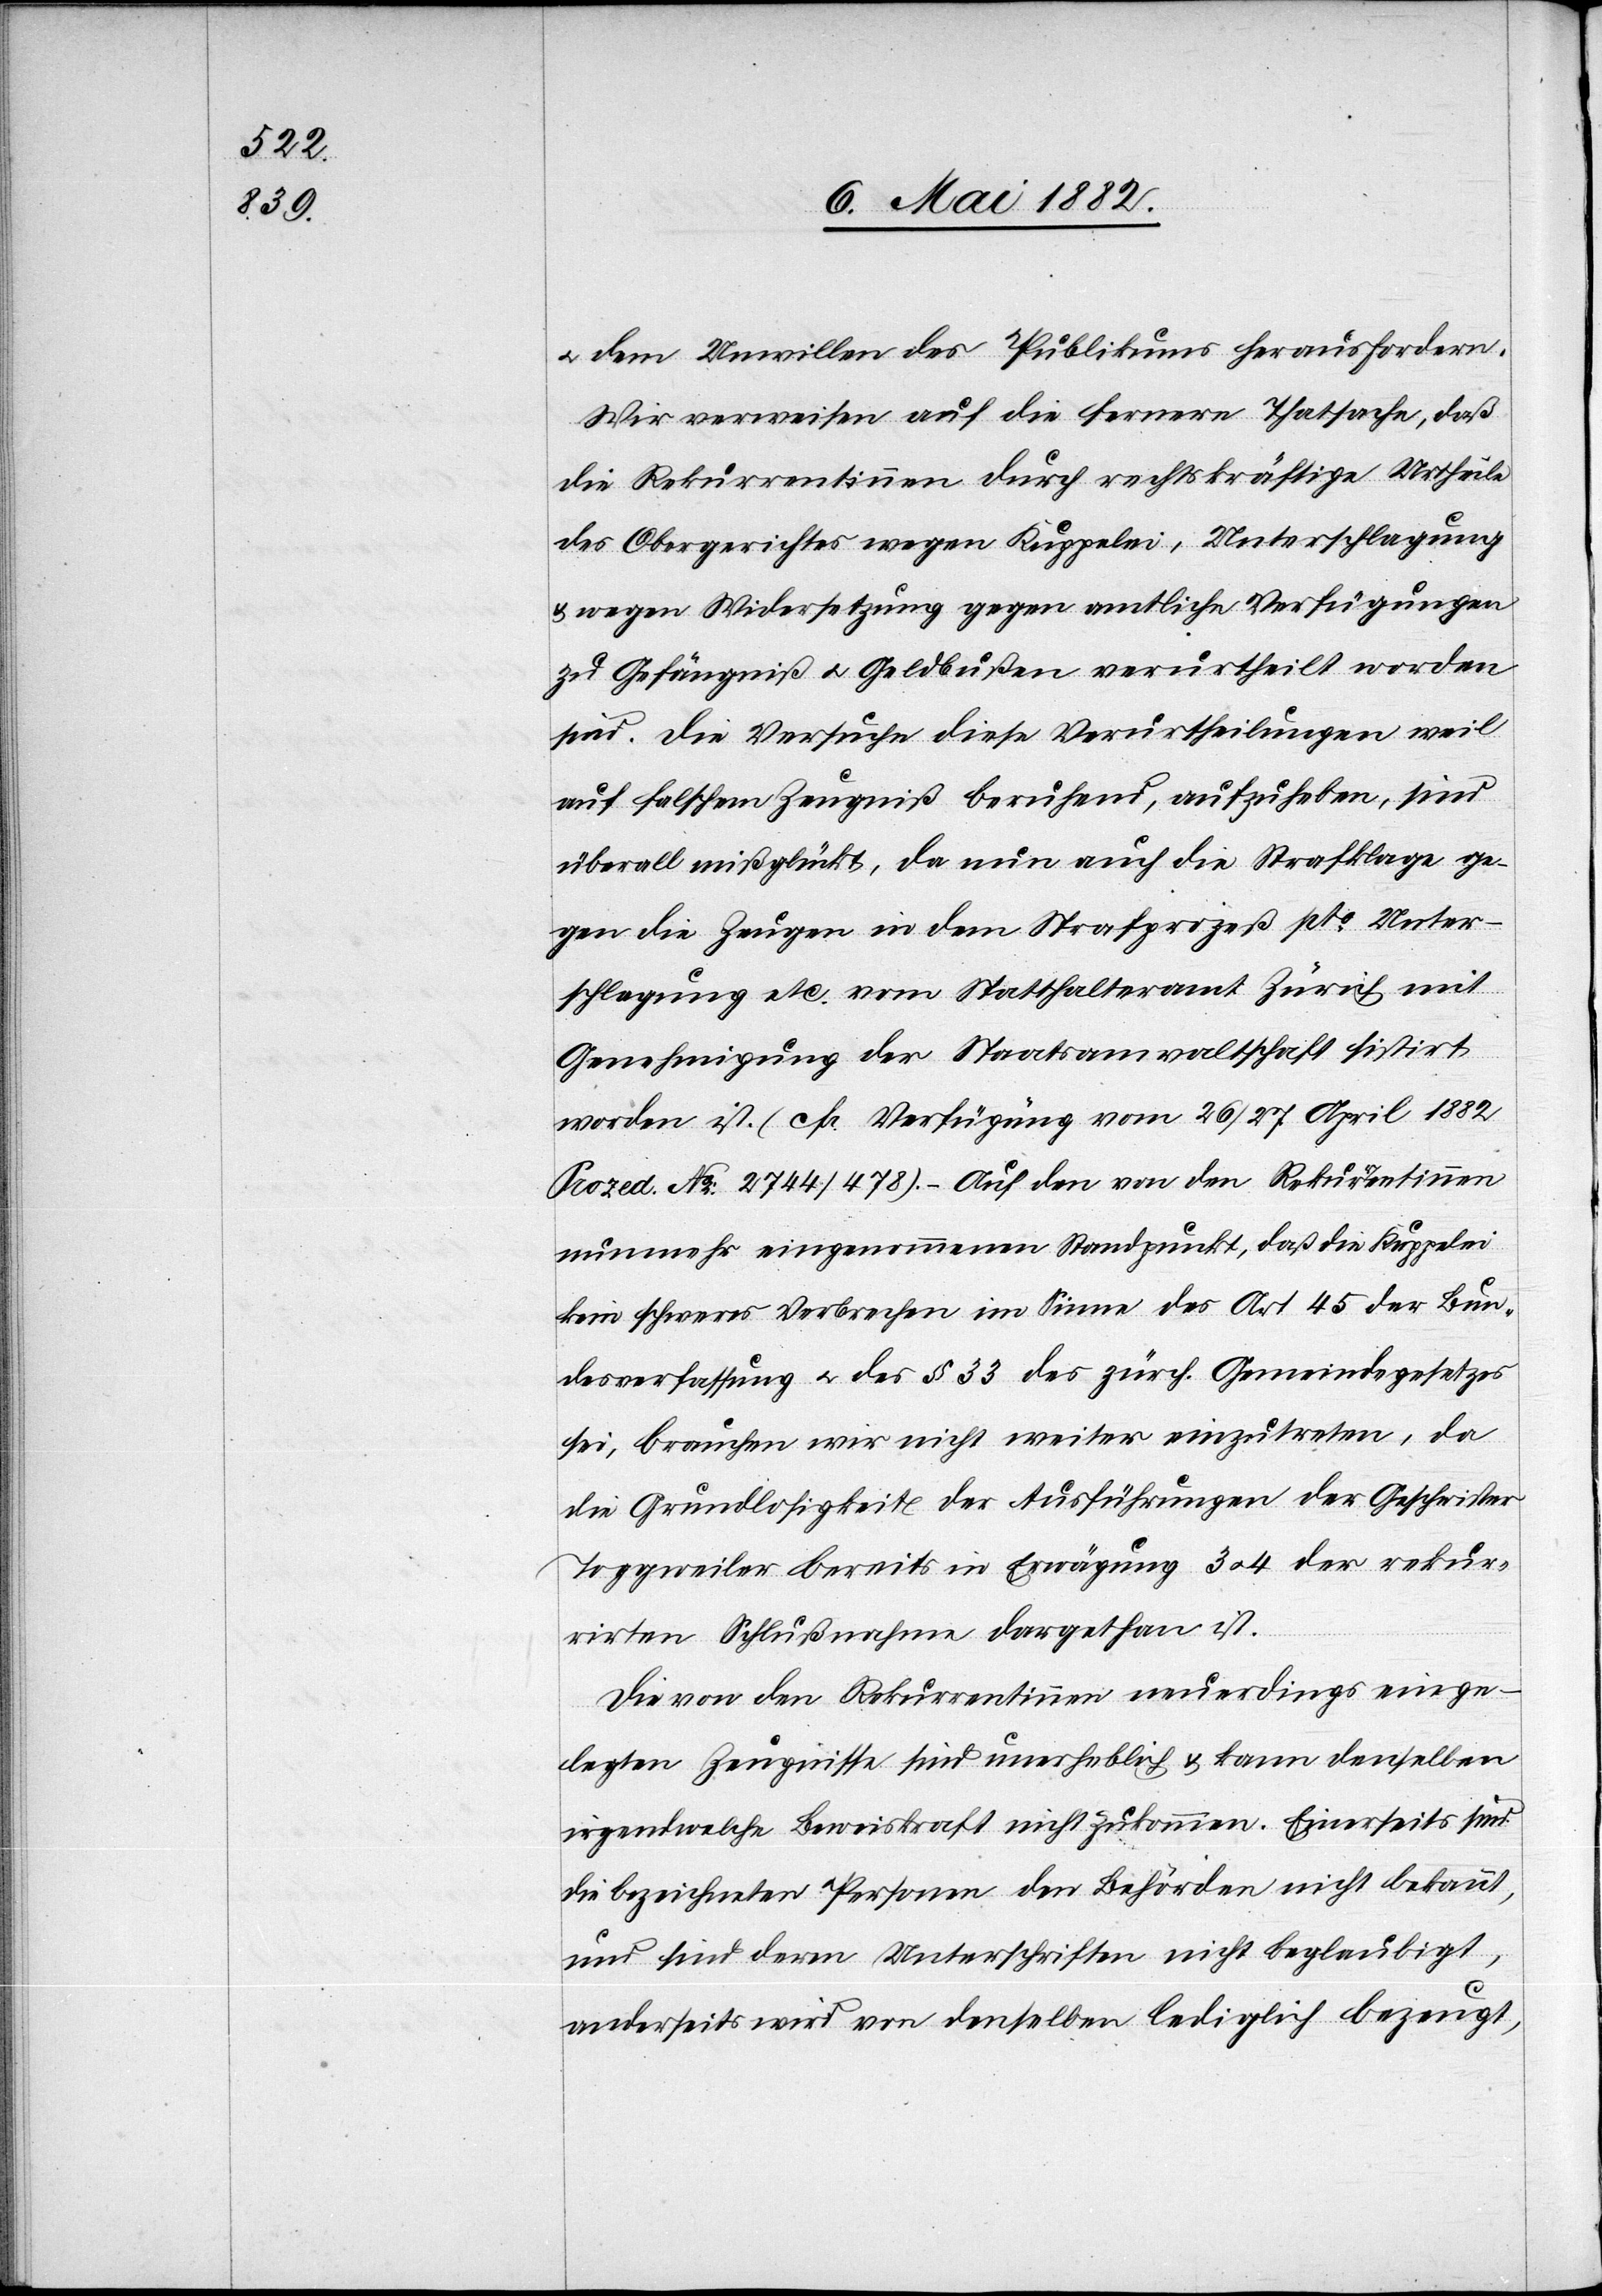
u. dem [sic!] Unwillen des Publikums herausfordern.
Wir verweisen auf die fernere Thatsache, daß
die Rekurrentinnen durch rechtskräftige Urtheile
des Obergerichtes wegen Kuppelei, Unterschlagung
& wegen Widersetzung gegen amtliche Verfügungen
zu Gefängniß u. Geldbußen verurtheilt worden
sind. Die Versuche diese Verurtheilungen weil
auf falschem Zeugniß beruhend, aufzuheben, sind
überall mißglückt, da nun auch die Strafklage ge¬
gen die Zeugen in dem Strafprozeß pto Unter¬
schlagung etc. vom Statthalteramt Zürich mit
Genehmigung der Staatsanwaltschaft sistirt
worden ist. (cfr. Verfügung vom 26./27. April 1882
Prozed. No 2744). – Auf den von den Rekurrentinnen
nunmehr eingenommenen Standpunkt, daß die Kuppelei
kein schweres Verbrechen im Sinne des Art. 45 der Bun¬
desverfassung u. des § 33 des zürch. Gemeindegesetzes
sei, brauchen wir nicht weiter einzutreten, da
die Grundlosigkeit der Ausführungen der Geschwister
Toggweiler bereits in Erwägung 3 u. 4 der rekur¬
rirten Schlußnahme dargethan ist.
Die von den Rekurrentinnen neuerdings einge¬
legten Zeugnisse sind unerheblich & kann denselben
irgendwelche Beweiskraft nicht zukommen. Einerseits sind
die bezeichneten Personen den Behörden nicht bekannt,
und sind deren Unterschriften nicht beglaubigt,
anderseits wird von denselben lediglich bezeugt,